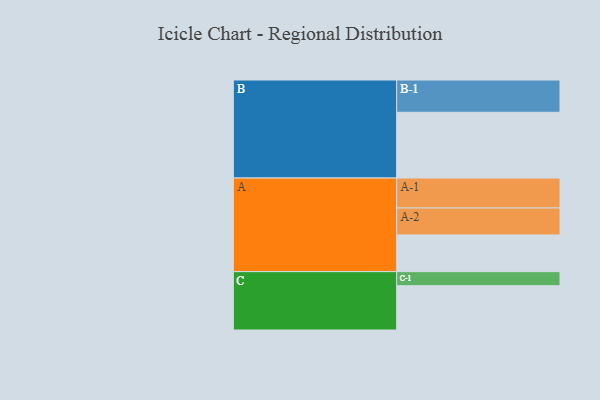
{"axis": {"x": "Segment", "y": "Value"}, "legend": ["", "A", "B", "C"], "data": [{"x": "A", "y": 332, "type": ""}, {"x": "B", "y": 595, "type": ""}, {"x": "C", "y": 401, "type": ""}, {"x": "A-1", "y": 271, "type": "A"}, {"x": "A-2", "y": 244, "type": "A"}, {"x": "B-1", "y": 292, "type": "B"}, {"x": "C-1", "y": 127, "type": "C"}]}